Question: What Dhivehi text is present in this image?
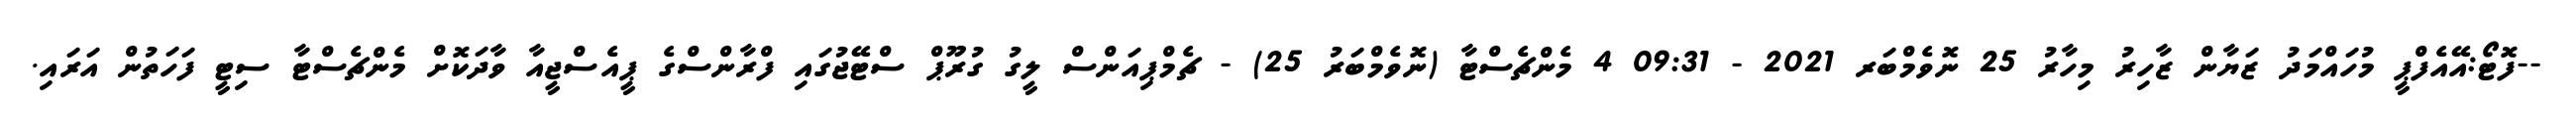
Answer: --ފޮޓޯ:އޭއެފްޕީ މުހައްމަދު ޒަޔާން ޒާހިރު މިހާރު 25 ނޮވެމްބަރ 2021 - 09:31 4 މެންޗެސްޓާ (ނޮވެމްބަރު 25) - ޗެމްޕިއަންސް ލީގު ގުރޫޕް ސްޓޭޖުގައި ފްރާންސްގެ ޕީއެސްޖީއާ ވާދަކޮށް މެންޗެސްޓާ ސިޓީ ފަހަތުން އަރައި.